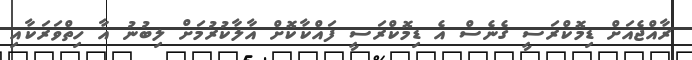
ރާއްޖެއަށް ޑިމޮކްރަސީ ގެނެސް އެ ޑިމޮކްރަސީ ފައްކާކޮށް އާލާކުރުމަށް ލިބުނު އާ ހިތްވަރަކާއި